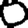
Digit: 0